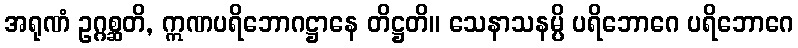
အရုဏံ ဥဂ္ဂစ္ဆတိ, ဣဏပရိဘောဂဋ္ဌာနေ တိဋ္ဌတိ။ သေနာသနမ္ပိ ပရိဘောဂေ ပရိဘောဂေ